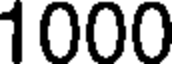
1000